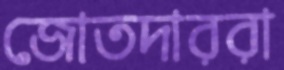
জোতদাররা